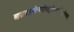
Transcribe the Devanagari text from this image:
आदायास्थीन्यथोमातुर्गंगामार्गस्थितोभवत्